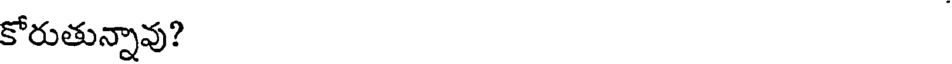
కోరుతున్నావు?